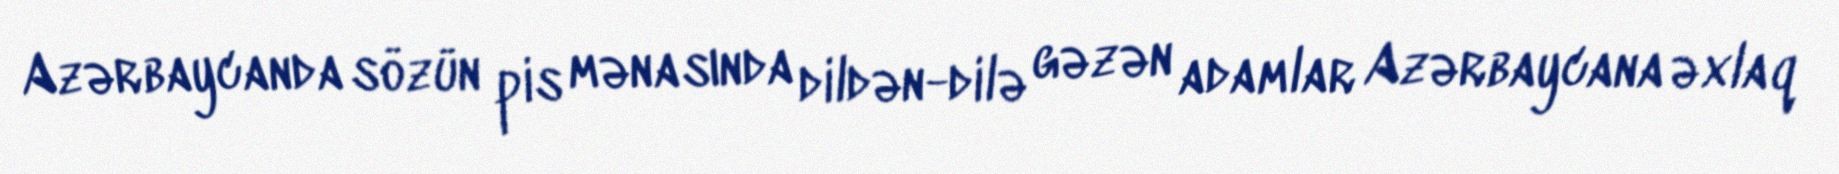
Azərbaycanda sözün pis mənasında dildən-dilə gəzən adamlar Azərbaycana əxlaq